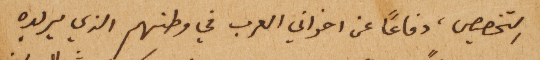
التخصيص، دفاعاً عن اخواني العرب في وطنهم الذي يريده